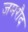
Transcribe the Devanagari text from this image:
जमरौद